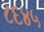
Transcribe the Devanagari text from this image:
८६४५